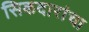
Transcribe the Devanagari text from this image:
सिकदारांचा